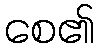
စေ၏